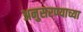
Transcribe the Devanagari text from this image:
अनुसरण्याच्या